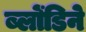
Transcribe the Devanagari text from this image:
ब्लोंडिने